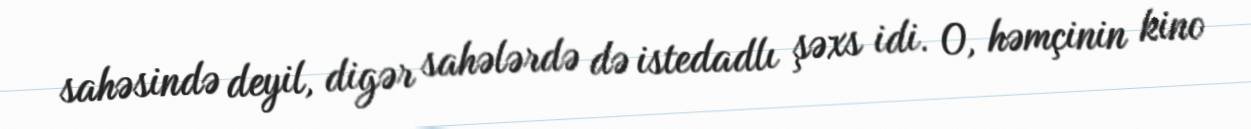
sahəsində deyil, digər sahələrdə də istedadlı şəxs idi. O, həmçinin kino